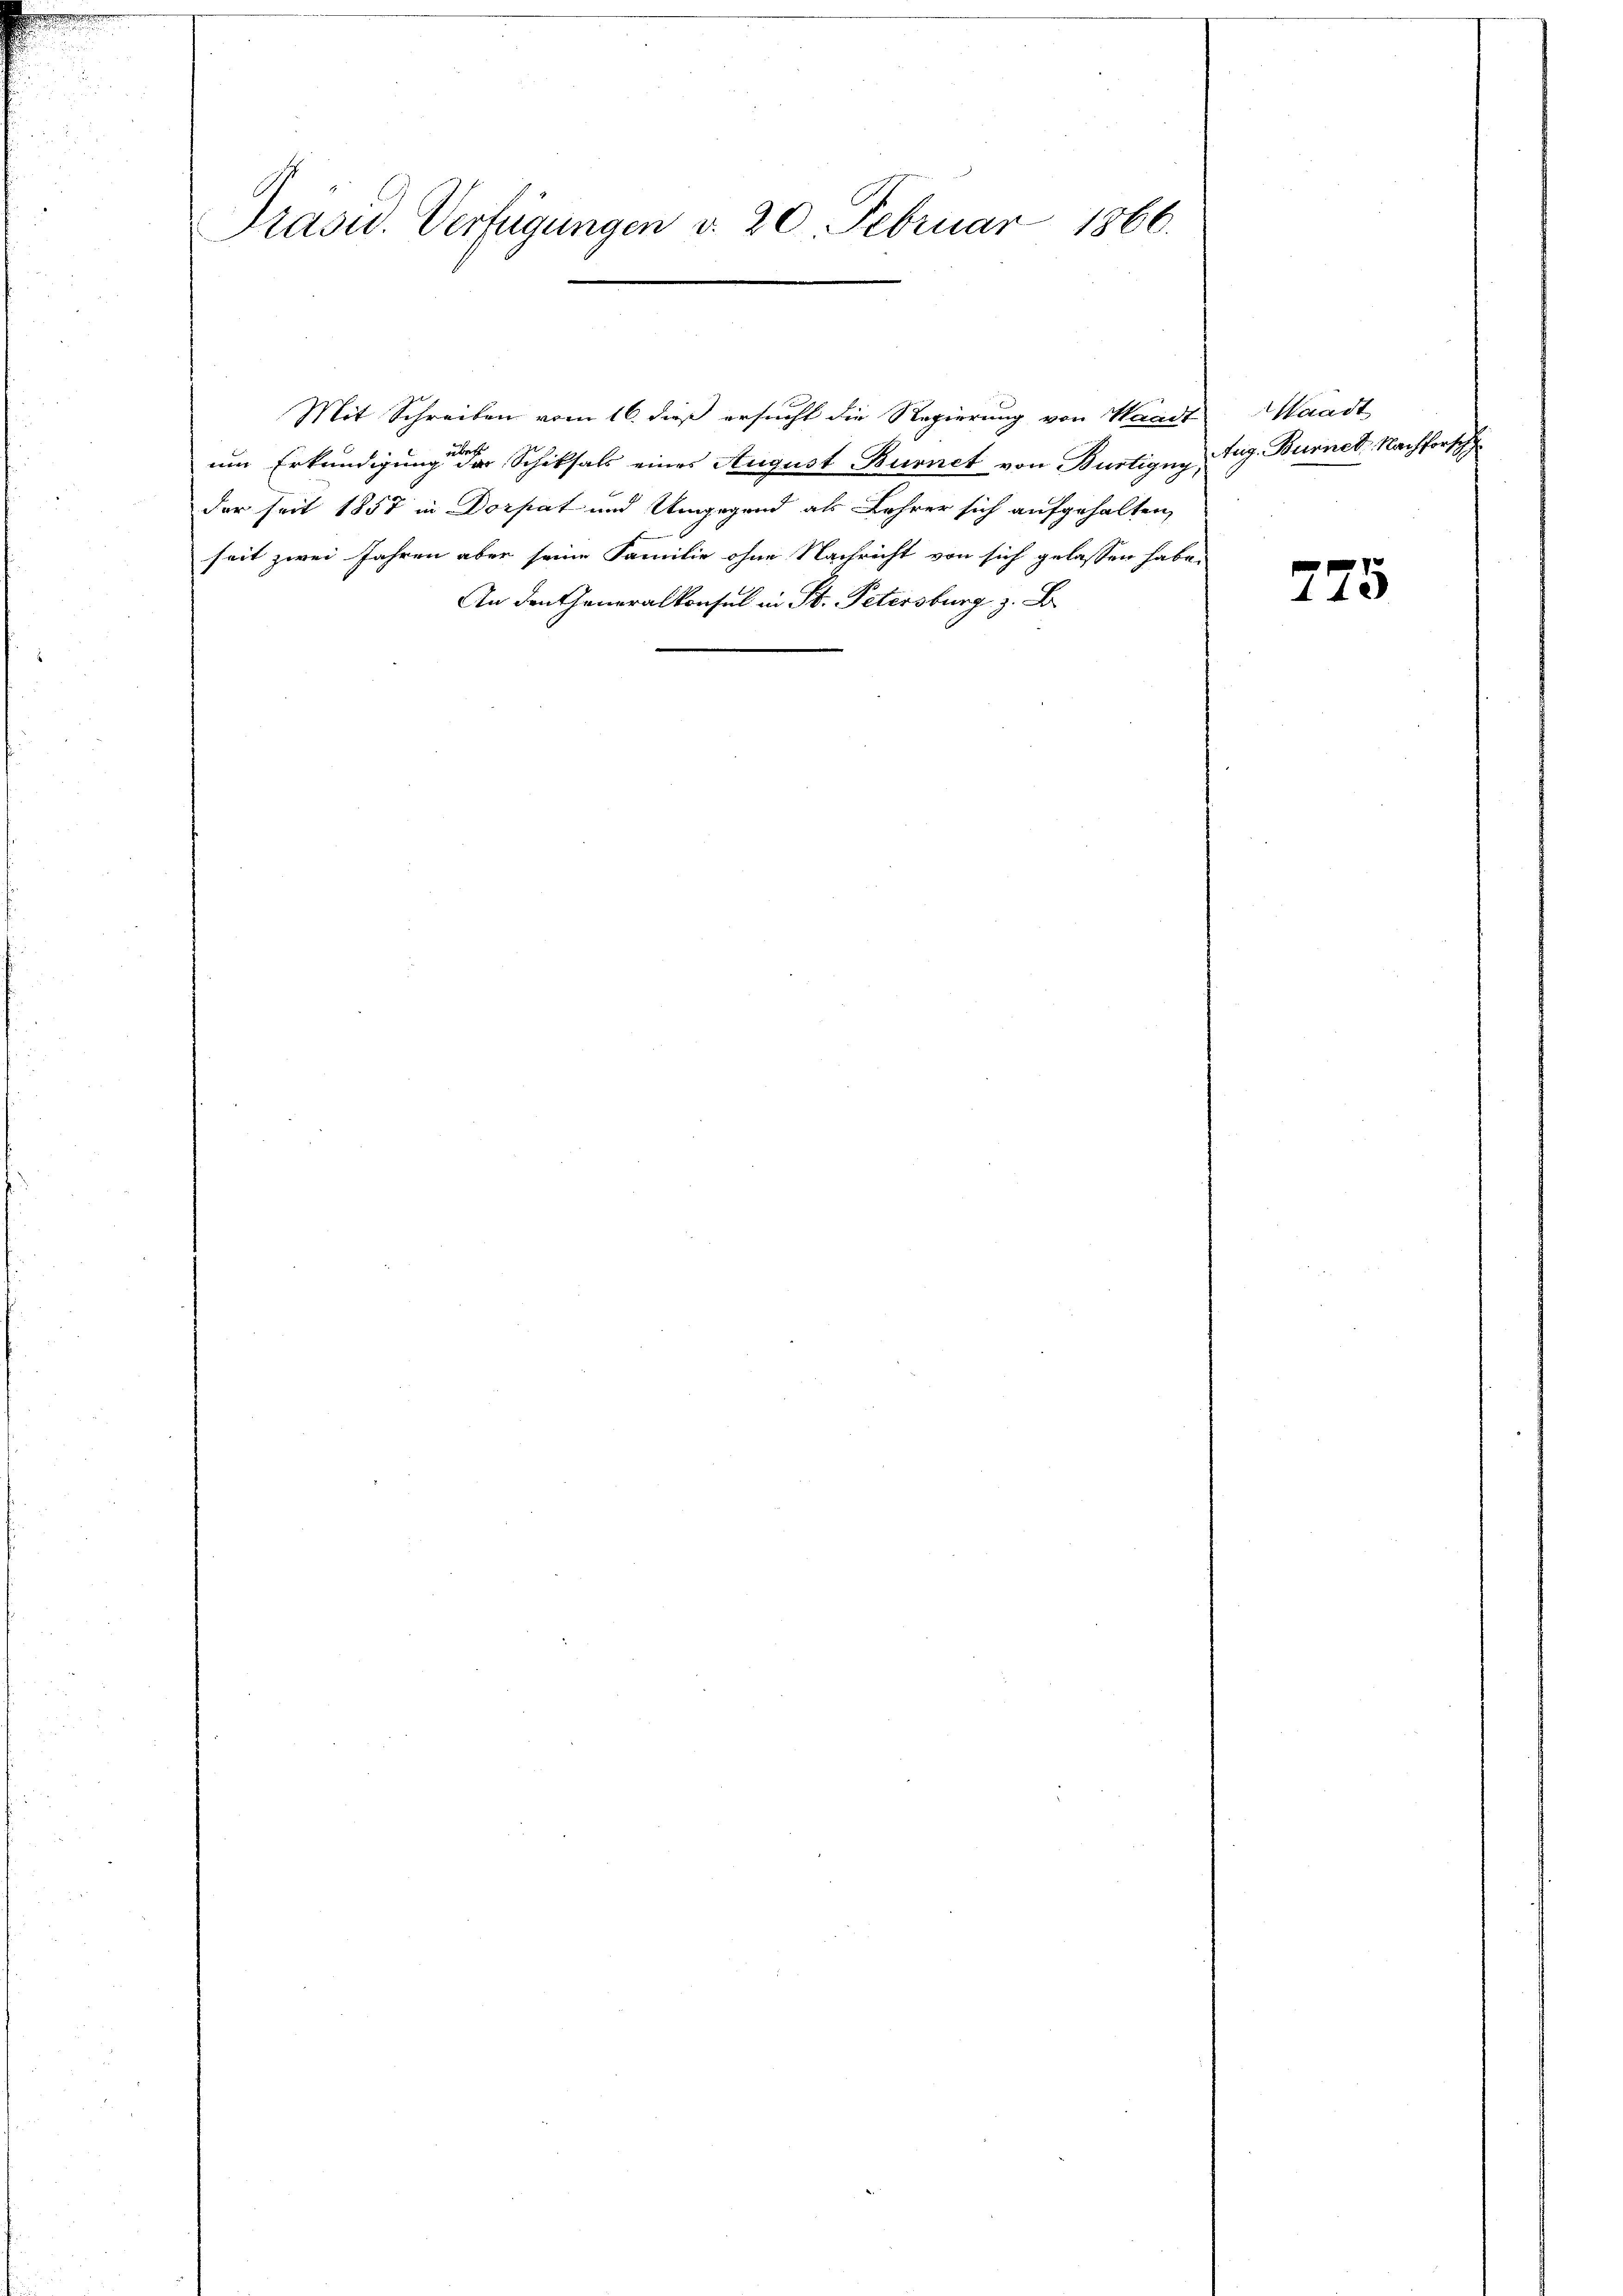
Präsid. Verfügungen d. 20. Februar 1866.

um Erkundigung der Schiksals eines August Burnet von Bürtigen Arg. Burnet. Nachforsch
der seit 1857 in Dorpat und Umgegend als Lehrer sich aufgehalten,
seit zwei Jahren aber seine Familie ohne Nachricht von sich gelassen habe.
An den Generalkonsul in St. Petersburg z. B.

Mit Schreiben vom 16. dieß ersucht die Regierung von Waadt

aadt

775